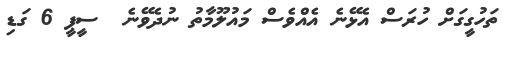
ތަހުގީގަށް ހުރަސް އެޅޭނެ އެއްވެސް މައުލޫމާތު ނުދެވޭނެ  ސީޕީ 6 ގަޑި